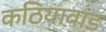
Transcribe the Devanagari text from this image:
कठियावाड